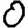
Digit: 0